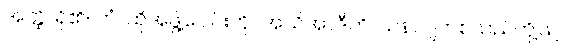
အတ္ထိ၊ ရှိ၏။ တံ၊ ထိုအဖွဲ့ပေါင်းကို။ အသိအာဒီဟိ၊ သန်လျက်စသည်တို့ဖြင့်။